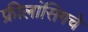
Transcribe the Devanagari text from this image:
फ्रीलांसिगचे